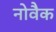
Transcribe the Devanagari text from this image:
नोवैक